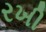
રખી